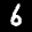
Label: 6